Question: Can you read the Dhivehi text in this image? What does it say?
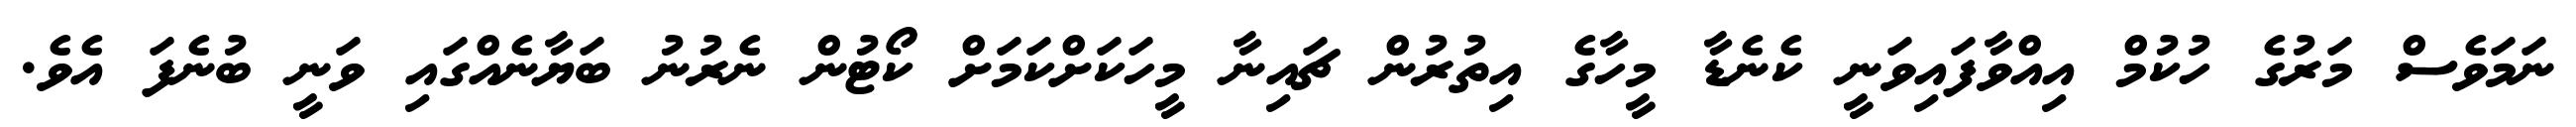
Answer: ނަމަވެސް މަރުގެ ހުކުމް އިއްވާފައިވަނީ ކެނެޑާ މީހާގެ އިތުރުން ޗައިނާ މީހަކަށްކަމަށް ކޯޓުން ނެރުނު ބަޔާނެއްގައި ވަނީ ބުނެފަ އެވެ.